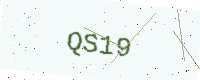
Text: QS19